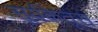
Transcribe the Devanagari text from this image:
सूर्यकेतूस